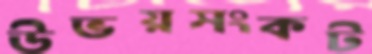
উভয়সংকট